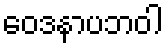
ဝေဒနာပဘဝါ